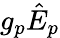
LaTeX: g_{p}\hat{E}_{p}